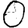
Digit: 0